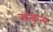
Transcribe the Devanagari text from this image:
सत्कृत्यं